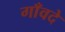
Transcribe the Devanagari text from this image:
गाँवदे